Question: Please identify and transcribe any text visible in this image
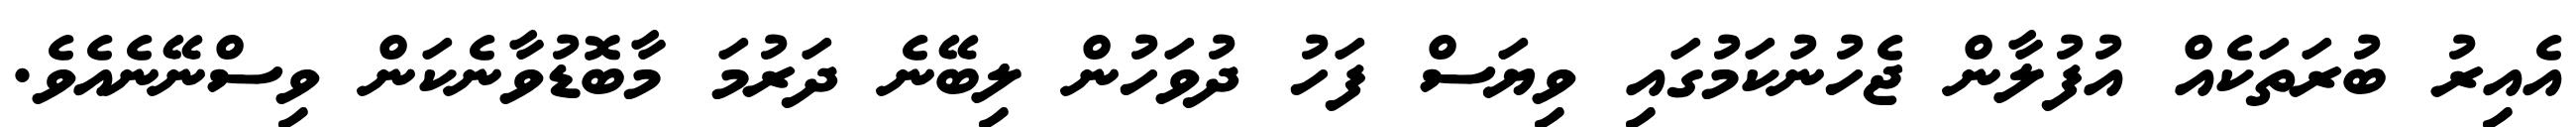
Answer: އެއިރު ބުރަތަކެއް އުފުލާން ޖެހުނުކަމުގައި ވިޔަސް ފަހު ދުވަހުން ލިބޭނެ ދަރުމަ މާބޮޑުވާނެކަން ވިސްނޭނެއެވެ.